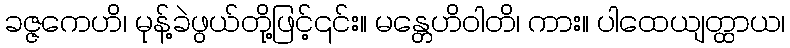
ခဇ္ဇကေဟိ၊ မုန့်ခဲဖွယ်တို့ဖြင့်၎င်း။ မန္တေဟိဝါတိ၊ ကား။ ပါထေယျတ္ထာယ၊